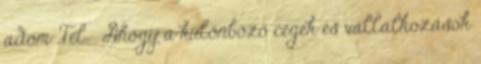
adom .Tel. . Ahogy a különböző cégek és vállalkozások